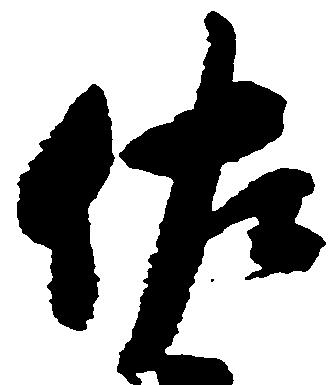
佐